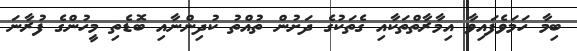
ބިމާ ހަމަވެފައިވާ އިމާރާތްތަކާއި ގެތަކުގެ ދަށުން ތުއްތު ކުދިންނާއި ބޮޑެތި މީހުންގެ ފުރާނަ